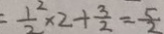
= \frac { 1 } { 2 } ^ { 2 } \times 2 + \frac { 3 } { 2 } = \frac { 5 } { 2 }